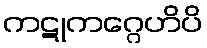
ကဋုကဂ္ဂေဟိပိ